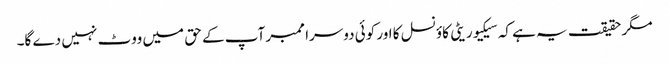
مگر حقیقت یہ ہے کہ سیکیوریٹی کاؤنسل کا اور کوئی دوسرا ممبر آپ کے حق میں ووٹ نہیں دے گا۔